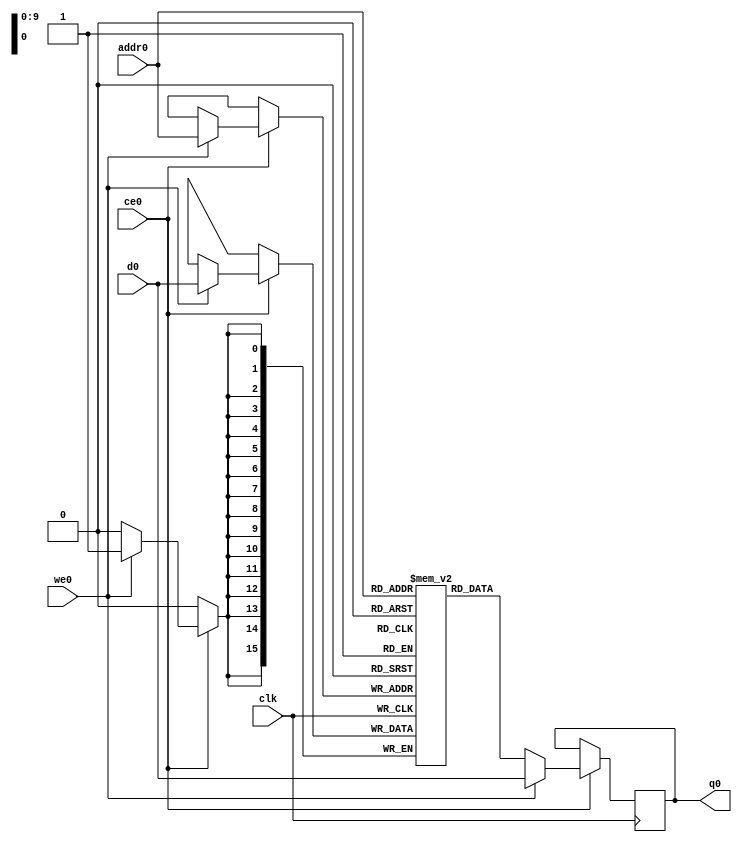
// ==============================================================
// File generated by Vivado(TM) HLS - High-Level Synthesis from C, C++ and SystemC
// Version: 2017.4
// Copyright (C) 1986-2017 Xilinx, Inc. All Rights Reserved.
// 
// ==============================================================

`timescale 1 ns / 1 ps
module line_buffer_19_bubkb_ram (addr0, ce0, d0, we0, q0,  clk);

parameter DWIDTH = 16;
parameter AWIDTH = 10;
parameter MEM_SIZE = 736;

input[AWIDTH-1:0] addr0;
input ce0;
input[DWIDTH-1:0] d0;
input we0;
output reg[DWIDTH-1:0] q0;
input clk;

(* ram_style = "block" *)reg [DWIDTH-1:0] ram[0:MEM_SIZE-1];




always @(posedge clk)  
begin 
    if (ce0) 
    begin
        if (we0) 
        begin 
            ram[addr0] <= d0; 
            q0 <= d0;
        end 
        else 
            q0 <= ram[addr0];
    end
end


endmodule


`timescale 1 ns / 1 ps
module line_buffer_19_bubkb(
    reset,
    clk,
    address0,
    ce0,
    we0,
    d0,
    q0);

parameter DataWidth = 32'd16;
parameter AddressRange = 32'd736;
parameter AddressWidth = 32'd10;
input reset;
input clk;
input[AddressWidth - 1:0] address0;
input ce0;
input we0;
input[DataWidth - 1:0] d0;
output[DataWidth - 1:0] q0;



line_buffer_19_bubkb_ram line_buffer_19_bubkb_ram_U(
    .clk( clk ),
    .addr0( address0 ),
    .ce0( ce0 ),
    .d0( d0 ),
    .we0( we0 ),
    .q0( q0 ));

endmodule